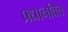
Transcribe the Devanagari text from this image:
प्रधानवित